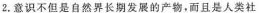
2.意识不但是自然界长期发展的产物，而且是人类社